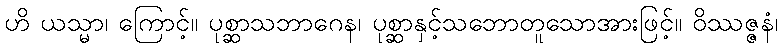
ဟိ ယသ္မာ၊ ကြောင့်။ ပုစ္ဆာသဘာဂေန၊ ပုစ္ဆာနှင့်သဘောတူသောအားဖြင့်။ ဝိဿဇ္ဇနံ၊